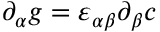
\partial _ { \alpha } g = \varepsilon _ { \alpha \beta } \partial _ { \beta } c